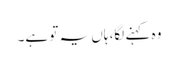
وہ کہنے لگا، ہاں یہ تو ہے۔